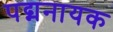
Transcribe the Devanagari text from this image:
पद्मनायक